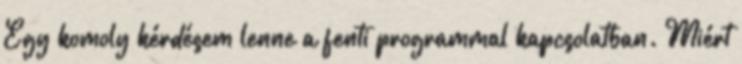
Egy komoly kérdésem lenne a fenti programmal kapcsolatban. Miért